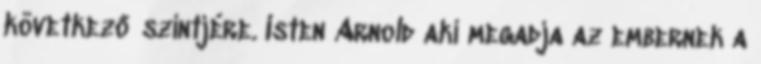
következő szintjére. Isten Arnold aki megadja az embernek a